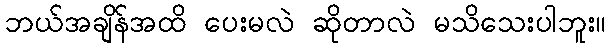
ဘယ်အချိန်အထိ ပေးမလဲ ဆိုတာလဲ မသိသေးပါဘူး။